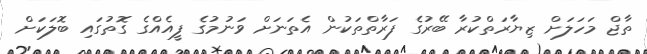
ތާޖް މަހަލަށް ޒިޔާރަތްކުރާ ބޭރުގެ ފަރާތްތަކުން އެތަނަށް ވަނުމުގެ ފީއެއްގެ ގޮތުގައި ބޮލަކަށް